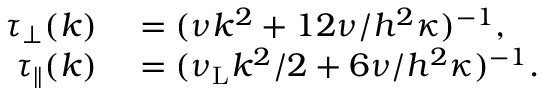
\begin{array} { r l } { \tau _ { \perp } ( k ) } & { { } = ( \nu k ^ { 2 } + 1 2 \nu / h ^ { 2 } \kappa ) ^ { - 1 } , } \\ { \tau _ { \parallel } ( k ) } & { { } = ( \nu _ { \mathrm { L } } k ^ { 2 } / 2 + 6 \nu / h ^ { 2 } \kappa ) ^ { - 1 } . } \end{array}